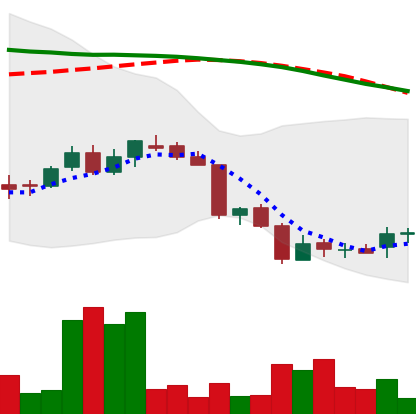
Ticker: DOGE-USD
Chart end date: 2018-06-19
Forward return: -17.244%
Label: down_7plus